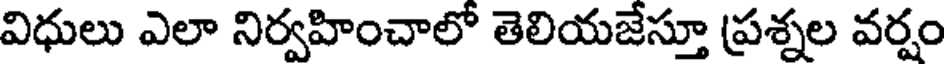
విధులు ఎలా నిర్వహించాలో తెలియజేస్తూ ప్రశ్నల వర్షం